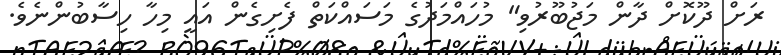
ރަށް ދޫކޮށް ދާން މަޖުބޫރުވި" މުހައްމަދުގެ މަސައްކަތް ފެށިގެން އައީ މިހާ ހިސާބުންނެވެ.